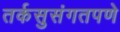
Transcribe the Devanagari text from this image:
तर्कसुसंगतपणे